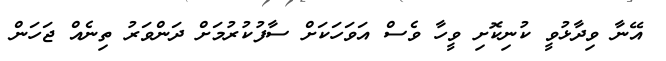
އޭނާ ވިދާޅުވީ ކުނިކޮށި ވީހާ ވެސް އަވަހަކަށް ސާފުކުރުމަށް ދަންވަރު ތިނެއް ޖަހަން